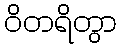
ဝိတရိတွာ